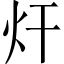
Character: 㶥